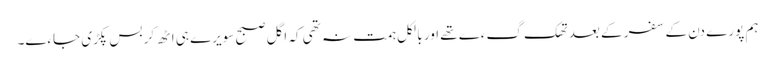
ہم پورے دن کے سفر کے بعد تھک گءے تھے اور بالکل ہمت نہ تھی کہ اگل صبح سویرے ہی اٹھ کر بس پکڑی جاءے۔